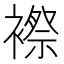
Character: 𲁀